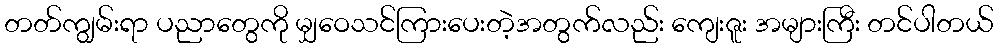
တတ်ကျွမ်းရာ ပညာတွေကို မျှဝေသင်ကြားပေးတဲ့အတွက်လည်း ကျေးဇူး အများကြီး တင်ပါတယ်